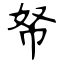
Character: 帑